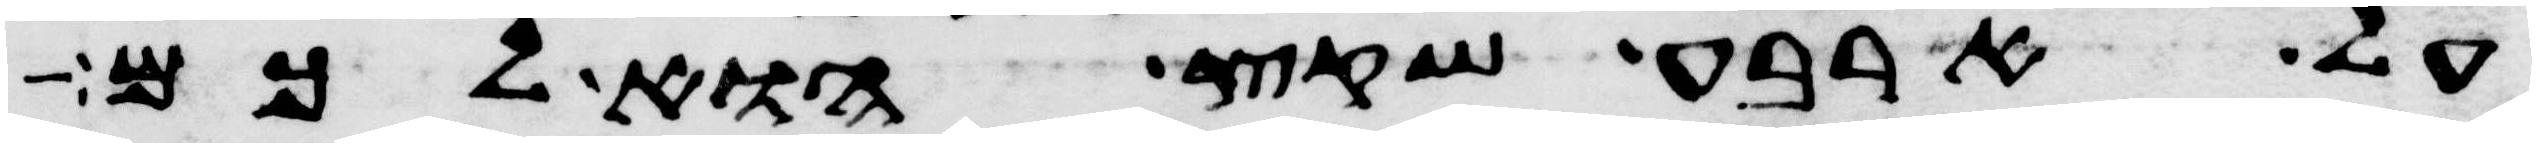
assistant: על ארבע שקץ הוא לכם